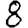
Digit: 8